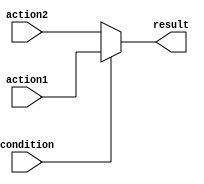
module if_else_block (
    input condition,
    input action1,
    input action2,
    output reg result
);

always @(condition) begin
    if (condition) begin
        result <= action1;
    end else begin
        result <= action2;
    end
end

endmodule